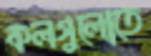
কলগুলোতে